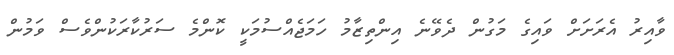
ވާއިރު އެރަށަށް ވައިގެ މަގުން ދެވޭނެ އިންތިޒާމު ހަމަޖެއްސުމަކީ ކޮންމެ ސަރުކާރަކުންވެސް ވަމުން